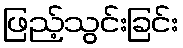
ဖြည့်သွင်းခြင်း